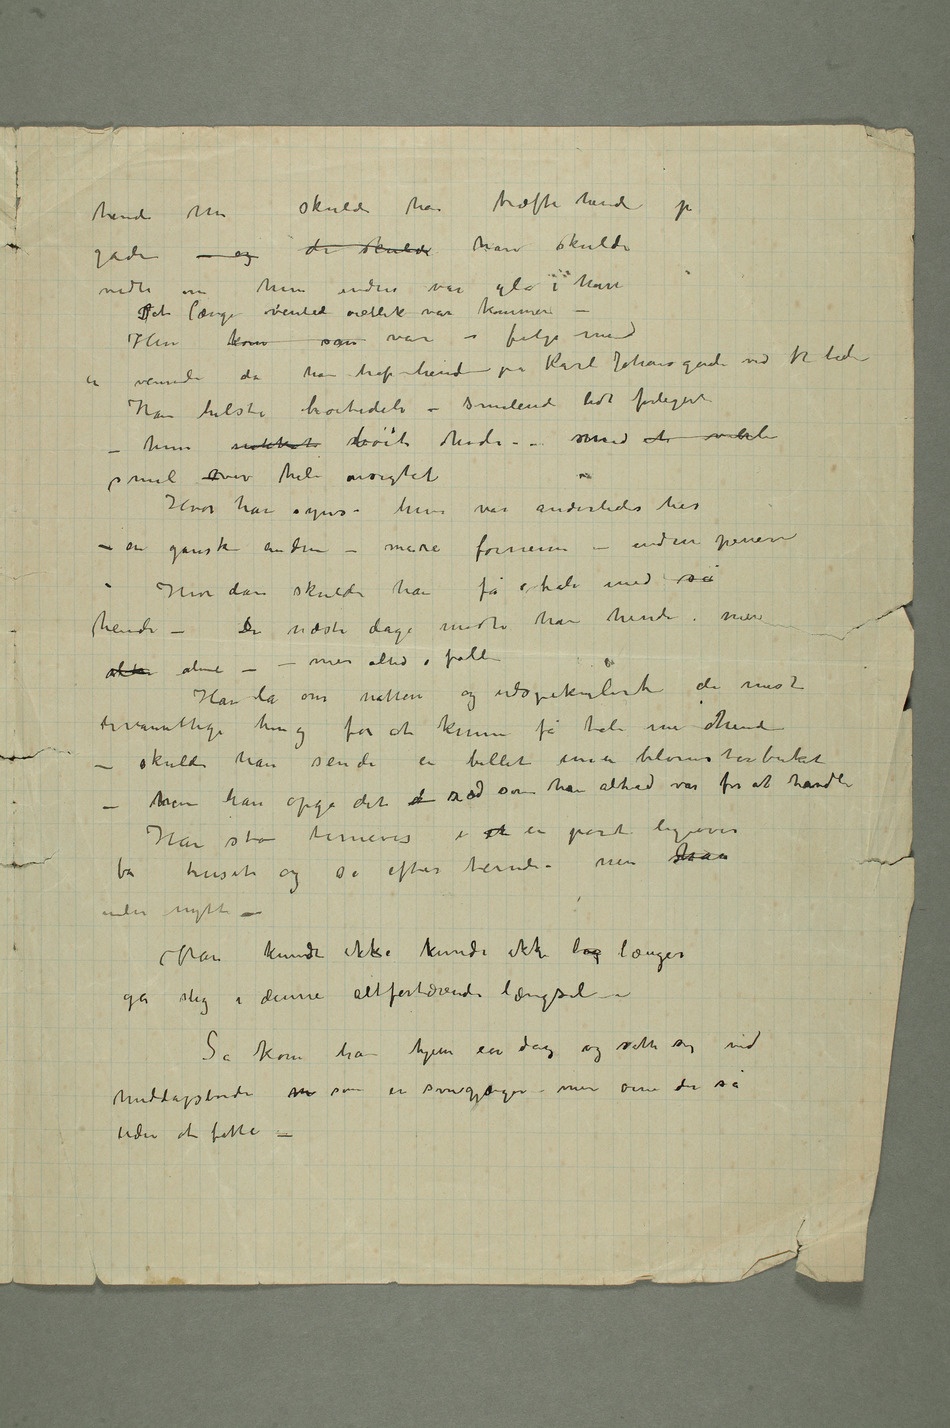
hende nu skulde han træffe hende på
gaden – og de skulde han skulde
vidte om hun endnu var gla i ham
Det længe ventede øieblik var kommen
– Hun kom sam var i følge med
en veninde da han traf hende på Karl Johans gade ved tretiden
Han hilste høitideli – smilende lidt forlegent –
hun nikket bøiet hode – smed et virkeli
smil –over hele ansigtet
Hvor han synes hun var anderledes her
– en ganske anden – mere fornem – endnu penere
– Hvordan skulde han få tale med sa
hende – De næste dage mødte han hende, men al alene –  –
men altid i følle
Han lå om natten og udspekulerte de mest
hvanvittige ting for at kunne få tale med hende –
skulde han sende en billet me en blomsterbuket –
hmen han opga det d ræd som han altid var for at handle
Han sto timevis i et en port ligeover
uden nytte
– Han kunde ikke kunde ikke læg længer
gå slig i denne altfortærende længsel –
Så kom han hjem en dag og satte sig vid
middagsborde m som en søvngjænger – men øine der så
uden at fatte –